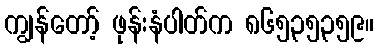
ကျွန်တော့် ဖုန်းနံပါတ်က ၈၆၅၃၅၃၅၉။